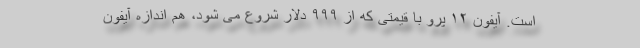
است. آیفون ۱۲ پرو با قیمتی که از ۹۹۹ دلار شروع می شود، هم اندازه آیفون